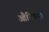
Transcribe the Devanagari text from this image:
औरिगन।